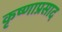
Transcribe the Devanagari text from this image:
कृष्णाप्रसाद